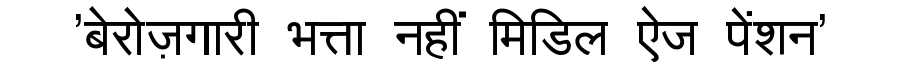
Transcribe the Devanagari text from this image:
'बेरोज़गारी भत्ता नहीं मिडिल ऐज पेंशन'